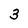
Character: 3